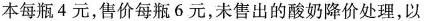
本每瓶4元，售价每瓶6元，未售出的酸奶降价处理，以